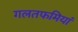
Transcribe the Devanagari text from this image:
गलतफमियां